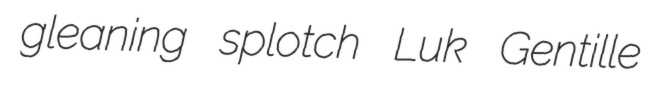
gleaning splotch Luk Gentille